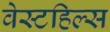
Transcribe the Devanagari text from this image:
वेस्टहिल्स